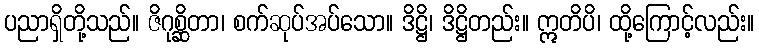
ပညာရှိတို့သည်။ ဇိဂုစ္ဆိတာ၊ စက်ဆုပ်အပ်သော။ ဒိဋ္ဌိ၊ ဒိဋ္ဌိတည်း။ ဣတိပိ၊ ထို့ကြောင့်လည်း။